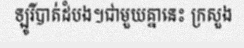
ឡូរីបាត់ដំបង។ជាមួយគ្នានេះ ក្រសួង